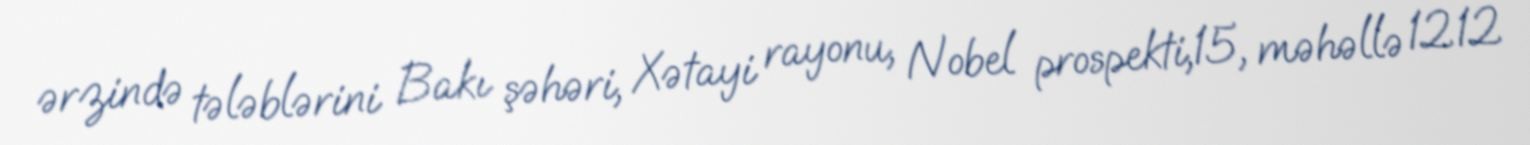
ərzində tələblərini Bakı şəhəri, Xətayi rayonu, Nobel prospekti,15, məhəllə 1212